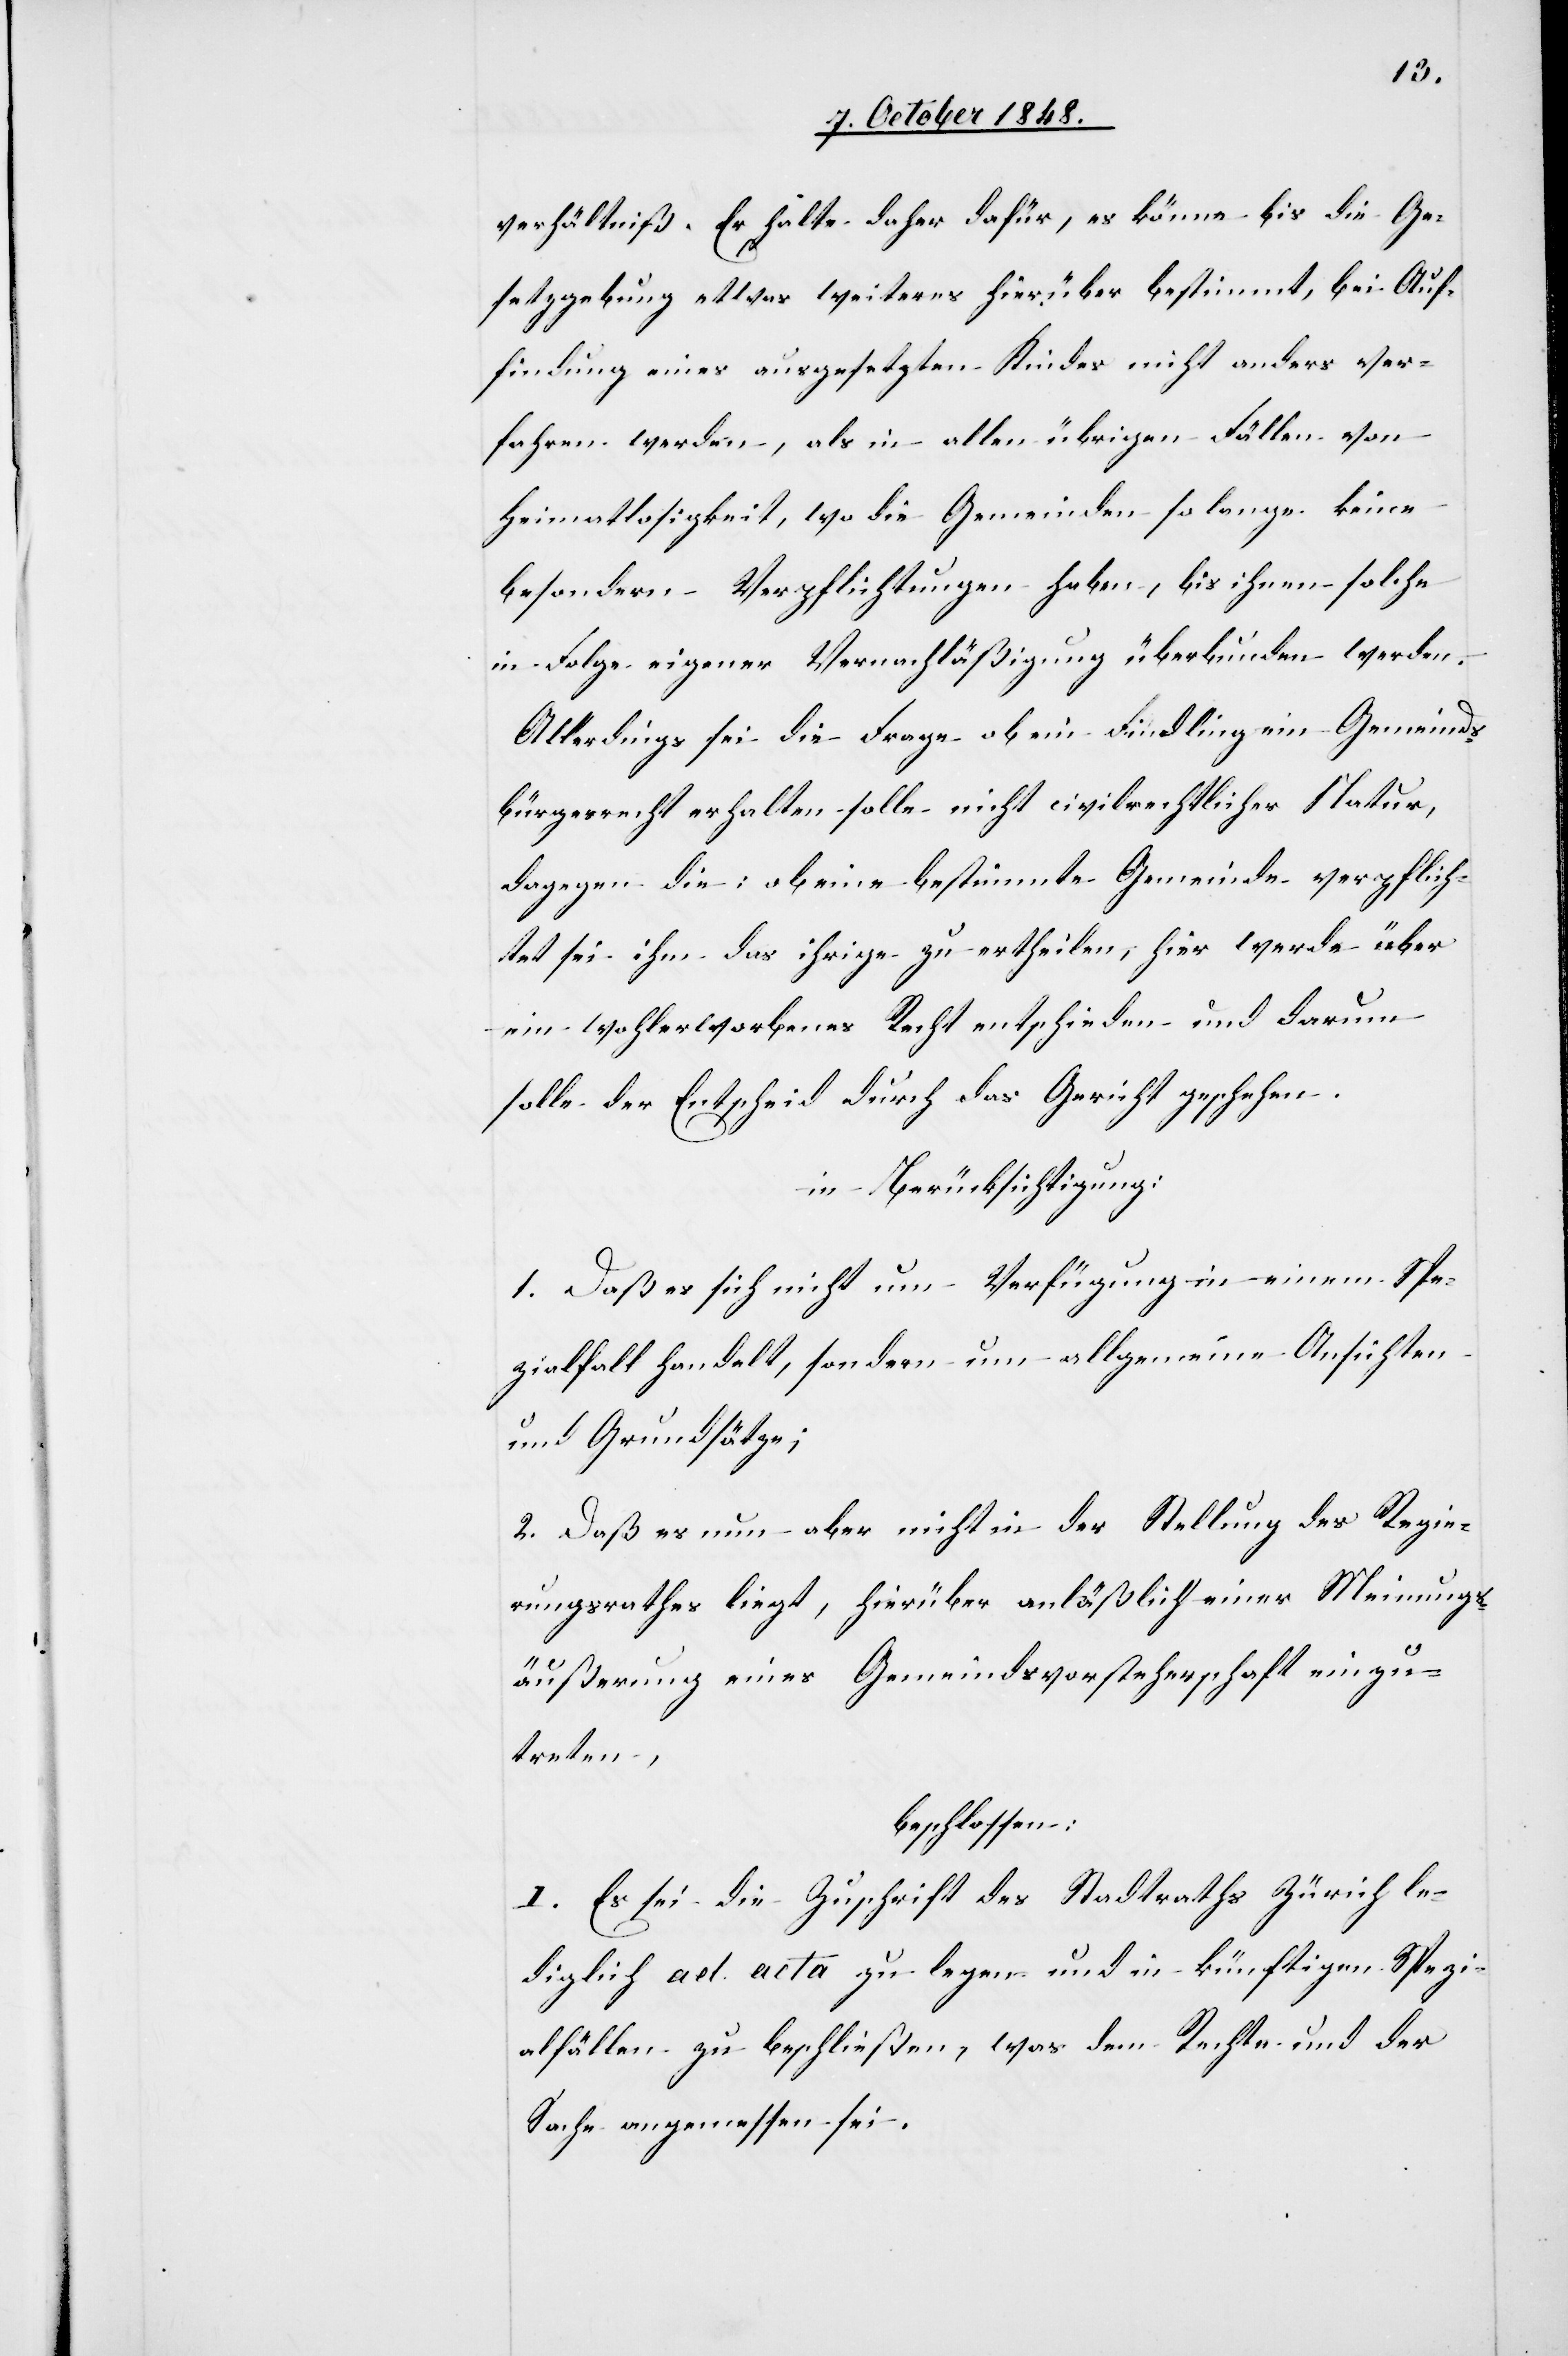
verhältniß. Er halte daher dafür, es könne bis die Ge¬
setzgebung etwas weiteres hierüber bestimmt, bei Auf¬
findung eines ausgesetzten Kindes nicht anders ver¬
fahren werden, als in allen übrigen Fällen von
Heimatlosigkeit, wo die Gemeinden so lange keine
besondern Verpflichtungen haben, bis ihnen solche
in Folge eigener Vernachläßigung überbunden werden.
Allerdings sei die Frage ob ein Findling ein Gemeinds¬
bürgerrecht erhalten solle nicht civilrechtlicher Natur,
dagegen die: ob eine bestimmte Gemeinde verpflich¬
tet sei ihm das ihrige zu ertheilen, hier werde über
ein wohlerworbenes Recht entschieden und darum
solle der Entscheid durch das Gericht geschehen.
in Berücksichtigung:
1. Daß es sich nicht um Verfügung in einem Spe¬
zialfall handelt, sondern um allgemeine Ansichten
und Grundsätze;
2. Daß es nun aber nicht in der Stellung des Regie¬
rungsrathes liegt, hierüber anläßlich einer Meinungs¬
äußerung eines [sic!] Gemeindsvorsteherschaft einzu¬
treten,
beschlossen:
I. Es sei die Zuschrift des Stadtraths Zürich le¬
diglich ad acta zu legen und in künftigen Spezi¬
alfällen zu beschließen, was dem Rechte und der
Sache angemessen sei.